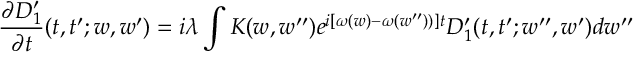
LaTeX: \frac { \partial D _ { 1 } ^ { \prime } } { \partial t } ( t , t ^ { \prime } ; w , w ^ { \prime } ) = i \lambda \int { \cal K } ( w , w ^ { \prime \prime } ) e ^ { i [ \omega ( w ) - \omega ( w ^ { \prime \prime } ) ) ] t } D _ { 1 } ^ { \prime } ( t , t ^ { \prime } ; w ^ { \prime \prime } , w ^ { \prime } ) d w ^ { \prime \prime }